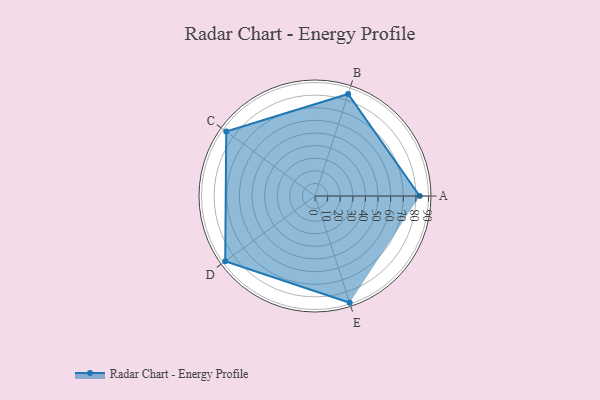
{"axis": {"x": "Skill", "y": "Score"}, "legend": ["Profile"], "data": [{"x": "A", "y": 83.0, "type": "Profile"}, {"x": "B", "y": 85.0, "type": "Profile"}, {"x": "C", "y": 87.0, "type": "Profile"}, {"x": "D", "y": 88.0, "type": "Profile"}, {"x": "E", "y": 89.0, "type": "Profile"}]}